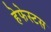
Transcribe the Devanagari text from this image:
हेफेस्टस